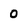
Character: 0